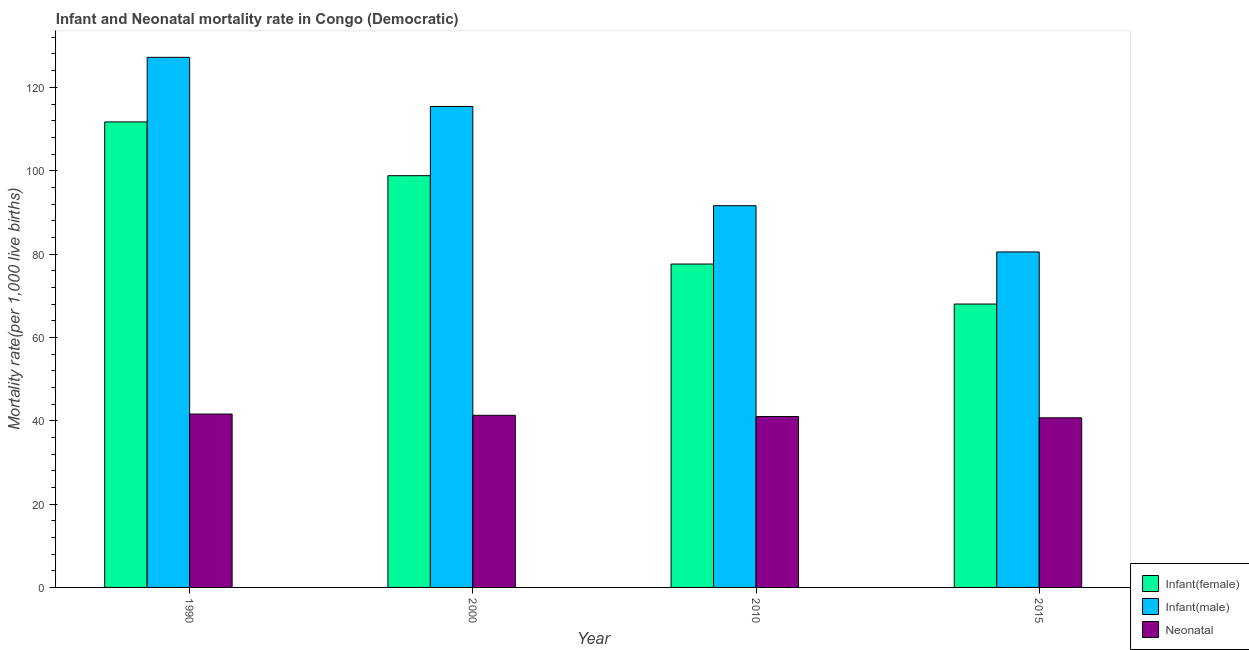
| Year | Infant(female) | Infant(male) | Neonatal  |
 | --- | --- | --- | --- |
 | 1990 | 112 | 127 | 41.6 |
 | 2000 | 98.8 | 115 | 41.3 |
 | 2010 | 77.6 | 91.6 | 41 |
 | 2015 | 68 | 80.5 | 40.7 |